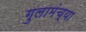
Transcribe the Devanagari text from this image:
गुलामंच्या